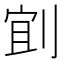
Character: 𫦄